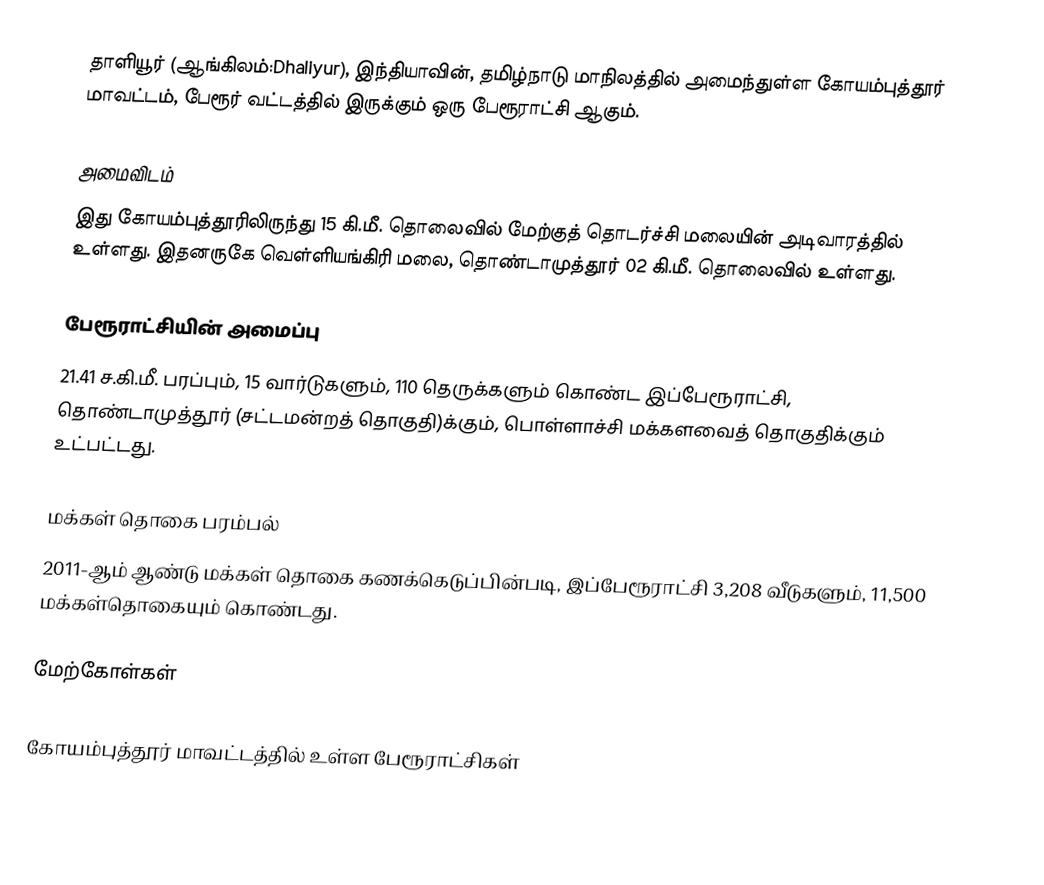
தாளியூர் (ஆங்கிலம்:Dhaliyur), இந்தியாவின், தமிழ்நாடு மாநிலத்தில் அமைந்துள்ள கோயம்புத்தூர் மாவட்டம், பேரூர் வட்டத்தில் இருக்கும் ஒரு பேரூராட்சி ஆகும்.

அமைவிடம்
இது கோயம்புத்தூரிலிருந்து 15 கி.மீ. தொலைவில் மேற்குத் தொடர்ச்சி மலையின் அடிவாரத்தில் உள்ளது. இதனருகே வெள்ளியங்கிரி மலை, தொண்டாமுத்தூர் 02 கி.மீ. தொலைவில் உள்ளது.

பேரூராட்சியின் அமைப்பு
21.41 ச.கி.மீ. பரப்பும், 15 வார்டுகளும், 110 தெருக்களும் கொண்ட இப்பேரூராட்சி,  தொண்டாமுத்தூர் (சட்டமன்றத் தொகுதி)க்கும், பொள்ளாச்சி மக்களவைத் தொகுதிக்கும் உட்பட்டது.

மக்கள் தொகை பரம்பல்
2011-ஆம் ஆண்டு மக்கள் தொகை கணக்கெடுப்பின்படி,  இப்பேரூராட்சி 3,208 வீடுகளும், 11,500 மக்கள்தொகையும் கொண்டது.

மேற்கோள்கள்

கோயம்புத்தூர் மாவட்டத்தில் உள்ள பேரூராட்சிகள்